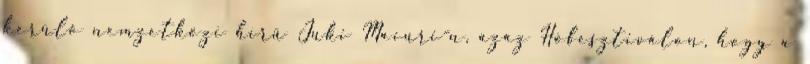
kerülő nemzetközi hírű Juki Macuri-n, azaz Hófesztiválon, hogy a